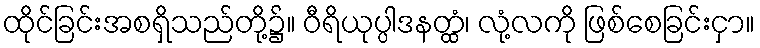
ထိုင်ခြင်းအစရှိသည်တို့၌။ ဝီရိယုပ္ပါဒနတ္ထံ၊ လုံ့လကို ဖြစ်စေခြင်းငှာ။